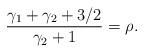
LaTeX: \begin{align*}\frac{\gamma_1+\gamma_2+3/2}{\gamma_2+1}=\rho.\end{align*}